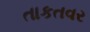
તાકતવર